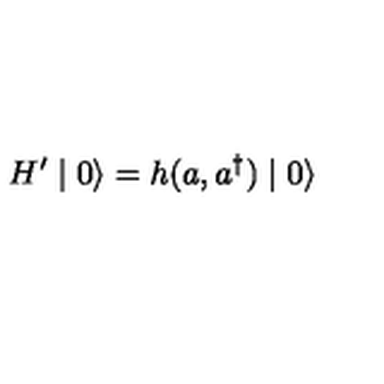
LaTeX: H ^ { \prime } \mid 0 \rangle = h ( a , a ^ { \dagger } ) \mid 0 \rangle